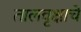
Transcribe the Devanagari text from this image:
तालवृक्षाचे